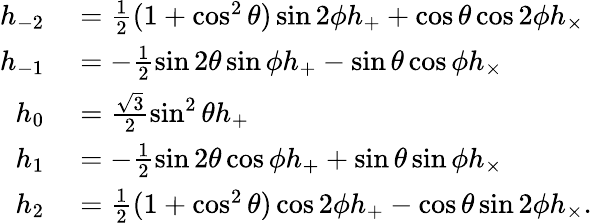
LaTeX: \begin{array}{rl}{h_{-2}}&{{}=\frac 12(1+\cos^{2}\theta)\sin 2\phi h_{+}+\cos\theta\cos 2\phi h_{\times}}\\ {h_{-1}}&{{}=-\frac 12\sin 2\theta\sin\phi h_{+}-\sin\theta\cos\phi h_{\times}}\\ {h_{0}}&{{}=\frac{\sqrt{3}}{2}\sin^{2}\theta h_{+}}\\ {h_{1}}&{{}=-\frac 12\sin 2\theta\cos\phi h_{+}+\sin\theta\sin\phi h_{\times}}\\ {h_{2}}&{{}=\frac 12(1+\cos^{2}\theta)\cos 2\phi h_{+}-\cos\theta\sin 2\phi h_{\times}.}\end{array}